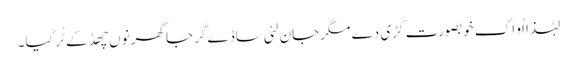
لہٰذا اُو اِک خوبصورت کُڑی دے مگر جان لئی ساڈے گرجا گھر نوں چھڈ کے ٹُر گیا۔